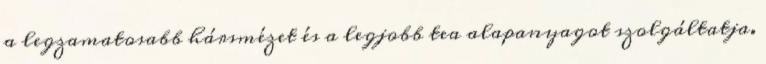
a legzamatosabb hársmézet és a legjobb tea alapanyagot szolgáltatja.